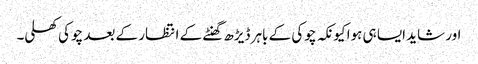
اور شاید ایسا ہی ہوا کیونکہ چوکی کے باہر ڈیڑھ گھنٹے کے انتظار کے بعد چوکی کھلی۔